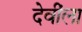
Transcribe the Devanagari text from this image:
देवींला